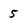
Character: 5